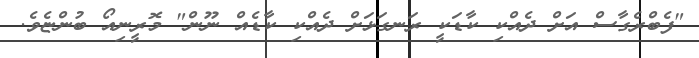
"ފެބްރެގާސް އަށް ދެއްކި ކާޑަކީ ރަނގަޅަށް ދެއްކި ކާޑެއް ނޫން" މޮރީނިއޯ ބުންޏެވެ.